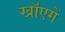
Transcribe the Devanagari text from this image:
खाॅएगें